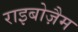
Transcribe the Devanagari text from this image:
राइबोज़ैम